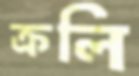
ক্রলি